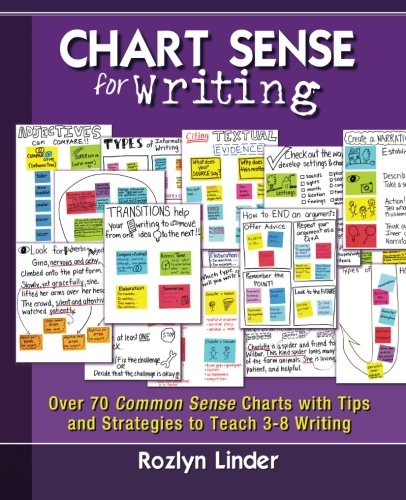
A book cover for Chart Sense for Writing: Over 70 Common Sense Charts with Tips and Strategies to Teach 3-8 Writing; Rozlyn Linder; Education & Teaching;